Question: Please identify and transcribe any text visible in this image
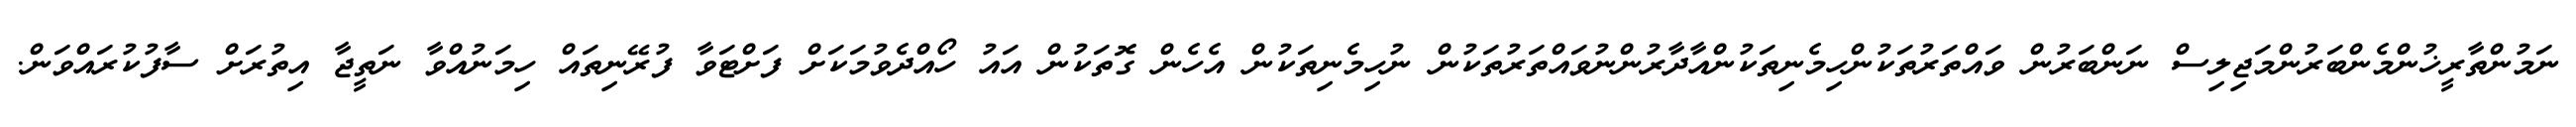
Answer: ނަމުންތާރީޚުންމެންބަރުންމަޖިލިސް ނަންބަރުން ވައްތަރުތަކުންހިމެނިތަކުންއާދާރުންނުވައްތަރުތަކުން ނުހިމެނިތަކުން އެހެން ގޮތަކުން އައު ހޯއްދެވުމަކަށް ފަށްޓަވާ ފުރޭނިތައް ހިމަނުއްވާ ނަތީޖާ އިތުރަށް ސާފުކުރައްވަން.